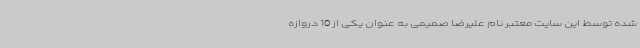
شده توسط این سایت معتبر نام علیرضا صمیمی به عنوان یکی از 10 دروازه